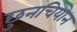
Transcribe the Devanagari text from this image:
छुनचियोन